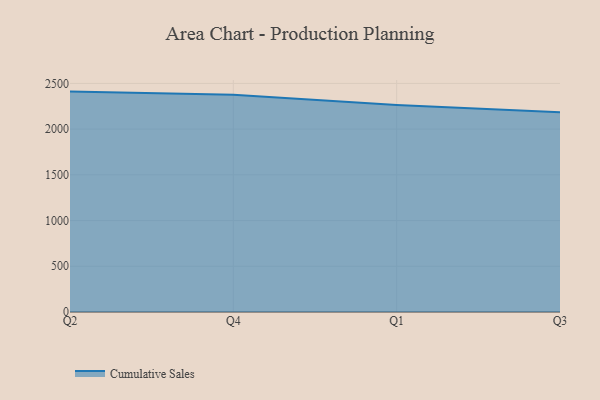
{"axis": {"x": "Quarter", "y": "Satisfaction Score"}, "legend": ["Cumulative Sales"], "data": [{"x": "Q2", "y": 2410.4, "type": "Cumulative Sales"}, {"x": "Q4", "y": 2376.6, "type": "Cumulative Sales"}, {"x": "Q1", "y": 2264.8, "type": "Cumulative Sales"}, {"x": "Q3", "y": 2185.7, "type": "Cumulative Sales"}]}